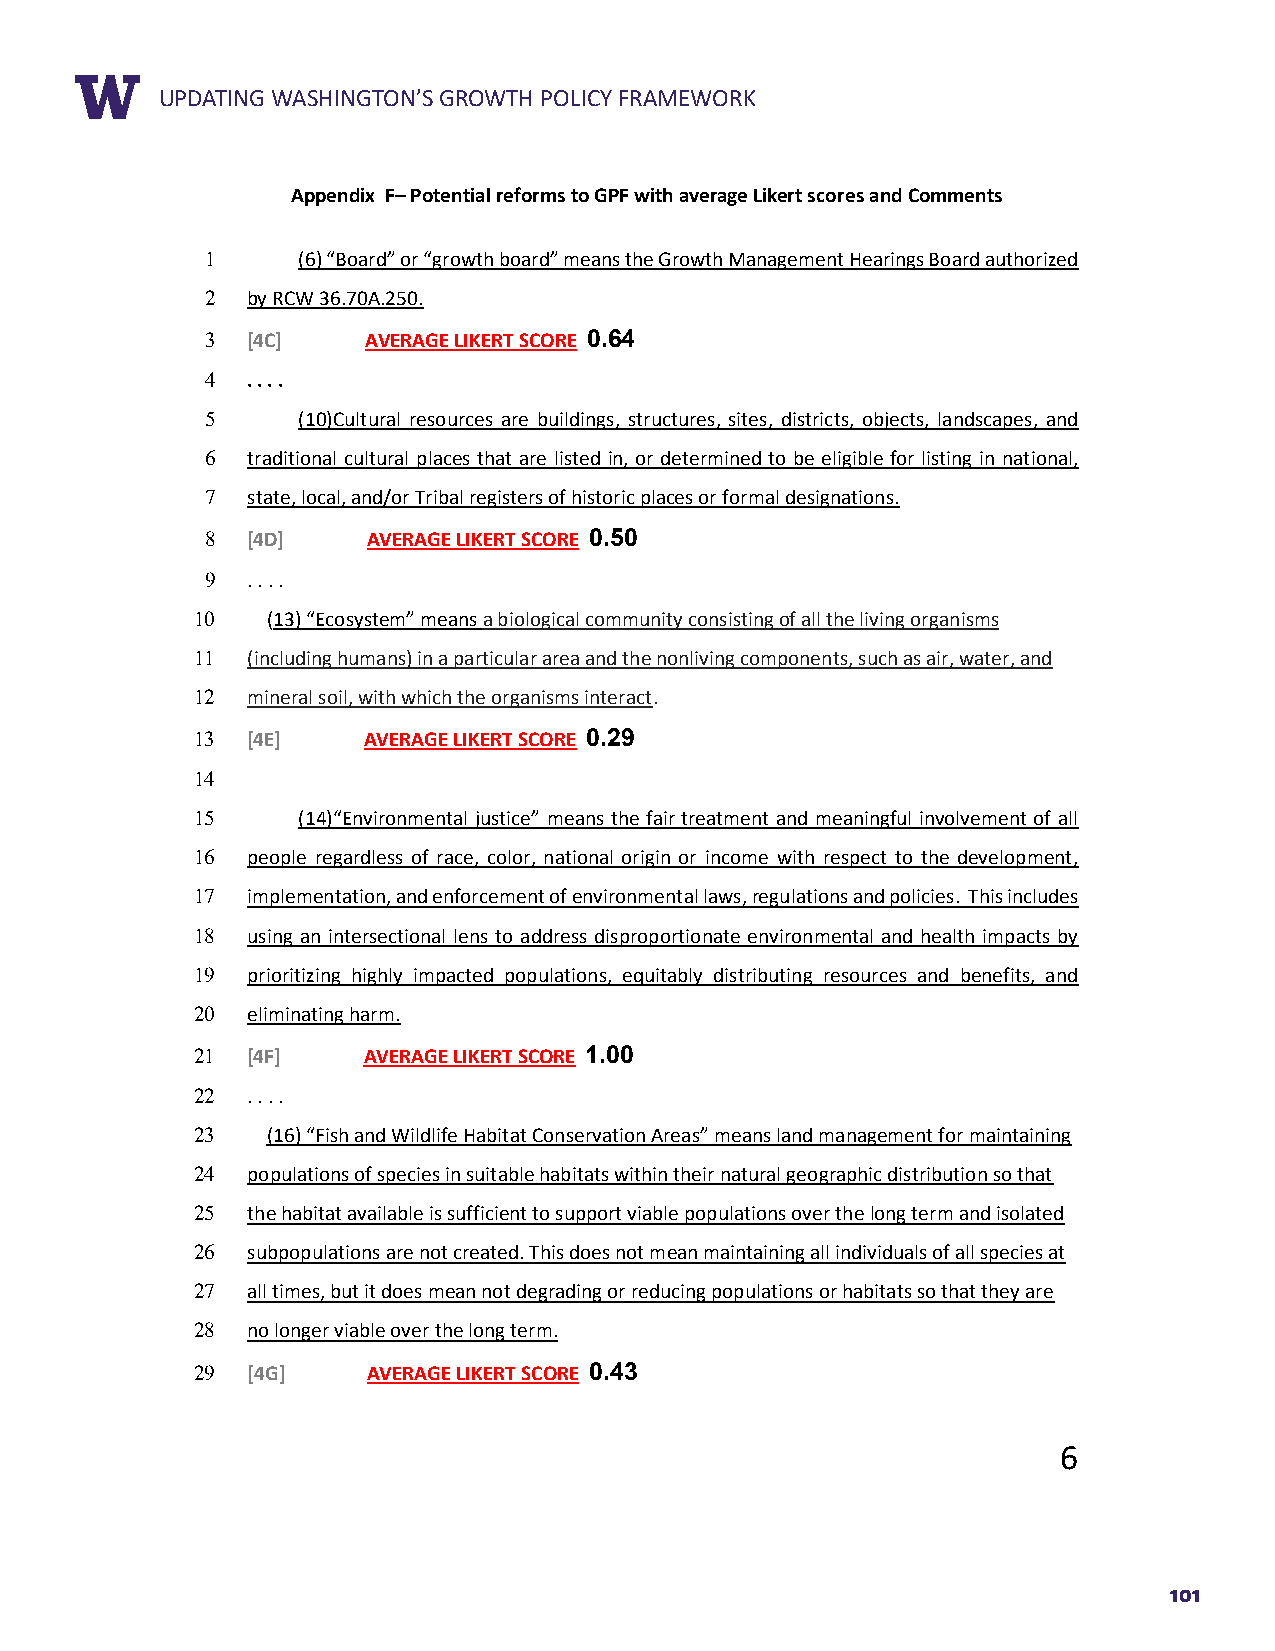
RUEPPDOARTTIN TGIT WLEASHINGTON’S GROWTH POLICY FRAMEWORK
 Appendix F– Potential reforms to GPF with average Likert scores and Comments
 1     (6) “Board” or “growth board” means the Growth Management Hearings Board authorized
 2 by RCW 36.70A.250.
 3 [4C]    AVERAGE LIKERT SCORE 0.64
 4 . . . .
 5     (10)Cultural resources are buildings, structures, sites, districts, objects, landscapes, and
 6 traditional cultural places that are listed in, or determined to be eligible for listing in national,
 7 state, local, and/or Tribal registers of historic places or formal designations.
 8 [4D]    AVERAGE LIKERT SCORE 0.50
 9 . . . .
 10   (13) “Ecosystem” means a biological community consisting of all the living organisms
 11 (including humans) in a particular area and the nonliving components, such as air, water, and
 12 mineral soil, with which the organisms interact.
 13 [4E]    AVERAGE LIKERT SCORE 0.29
 14
 15     (14)“Environmental justice” means the fair treatment and meaningful involvement of all
 16 people regardless of race, color, national origin or income with respect to the development,
 17 implementation, and enforcement of environmental laws, regulations and policies. This includes
 18 using an intersectional lens to address disproportionate environmental and health impacts by
 19 prioritizing highly impacted populations, equitably distributing resources and benefits, and
 20 eliminating harm.
 21 [4F]    AVERAGE LIKERT SCORE 1.00
 22 . . . .
 23   (16) “Fish and Wildlife Habitat Conservation Areas” means land management for maintaining
 24 populations of species in suitable habitats within their natural geographic distribution so that
 25 the habitat available is sufficient to support viable populations over the long term and isolated
 26 subpopulations are not created. This does not mean maintaining all individuals of all species at
 27 all times, but it does mean not degrading or reducing populations or habitats so that they are
 28 no longer viable over the long term.
 29 [4G]    AVERAGE LIKERT SCORE 0.43
 6
 101